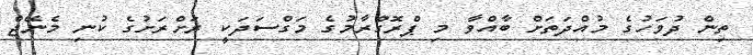
ތިން ދުވަހުގެ މުއްދަތަށް ބާއްވާ މި ޕްރޮގްރާމުގެ މަގްސަދަކީ ރަށްރަށުގެ ކުނި މެނޭޖް